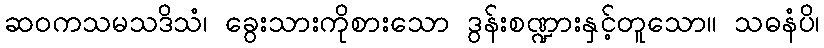
ဆဝကသမသဒိသံ၊ ခွေးသားကိုစားသော ဒွန်းစဏ္ဍားနှင့်တူသော။ သဓနံပိ၊